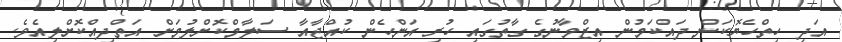
އަދި ހިތްހެޔޮކަން ދައްކަމުން އިޒްވާނުގެ ގާތުގައި ހުރި އަންހެން ކުއްޖާއާ ސަލާމްކޮށްލުމަށް އަތްދިއްކޮށްލިއެވެ.